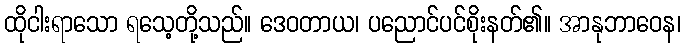
ထိုငါးရာသော ရသေ့တို့သည်။ ဒေဝတာယ၊ ပညောင်ပင်စိုးနတ်၏။ အာနုဘာဝေန၊